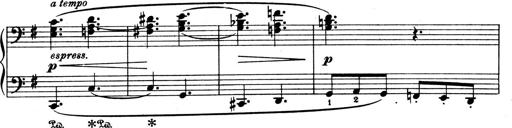
Title: 4 Sonatines
Composer: Max Reger